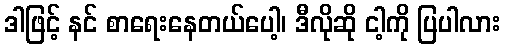
ဒါဖြင့် နင် စာရေးနေတယ်ပေါ့၊ ဒီလိုဆို ငါ့ကို ပြပါလား